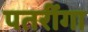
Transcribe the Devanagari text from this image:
पतरींगा